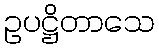
ဥပဋ္ဌိတာသေ